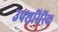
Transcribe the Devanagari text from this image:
उपशरिरिक